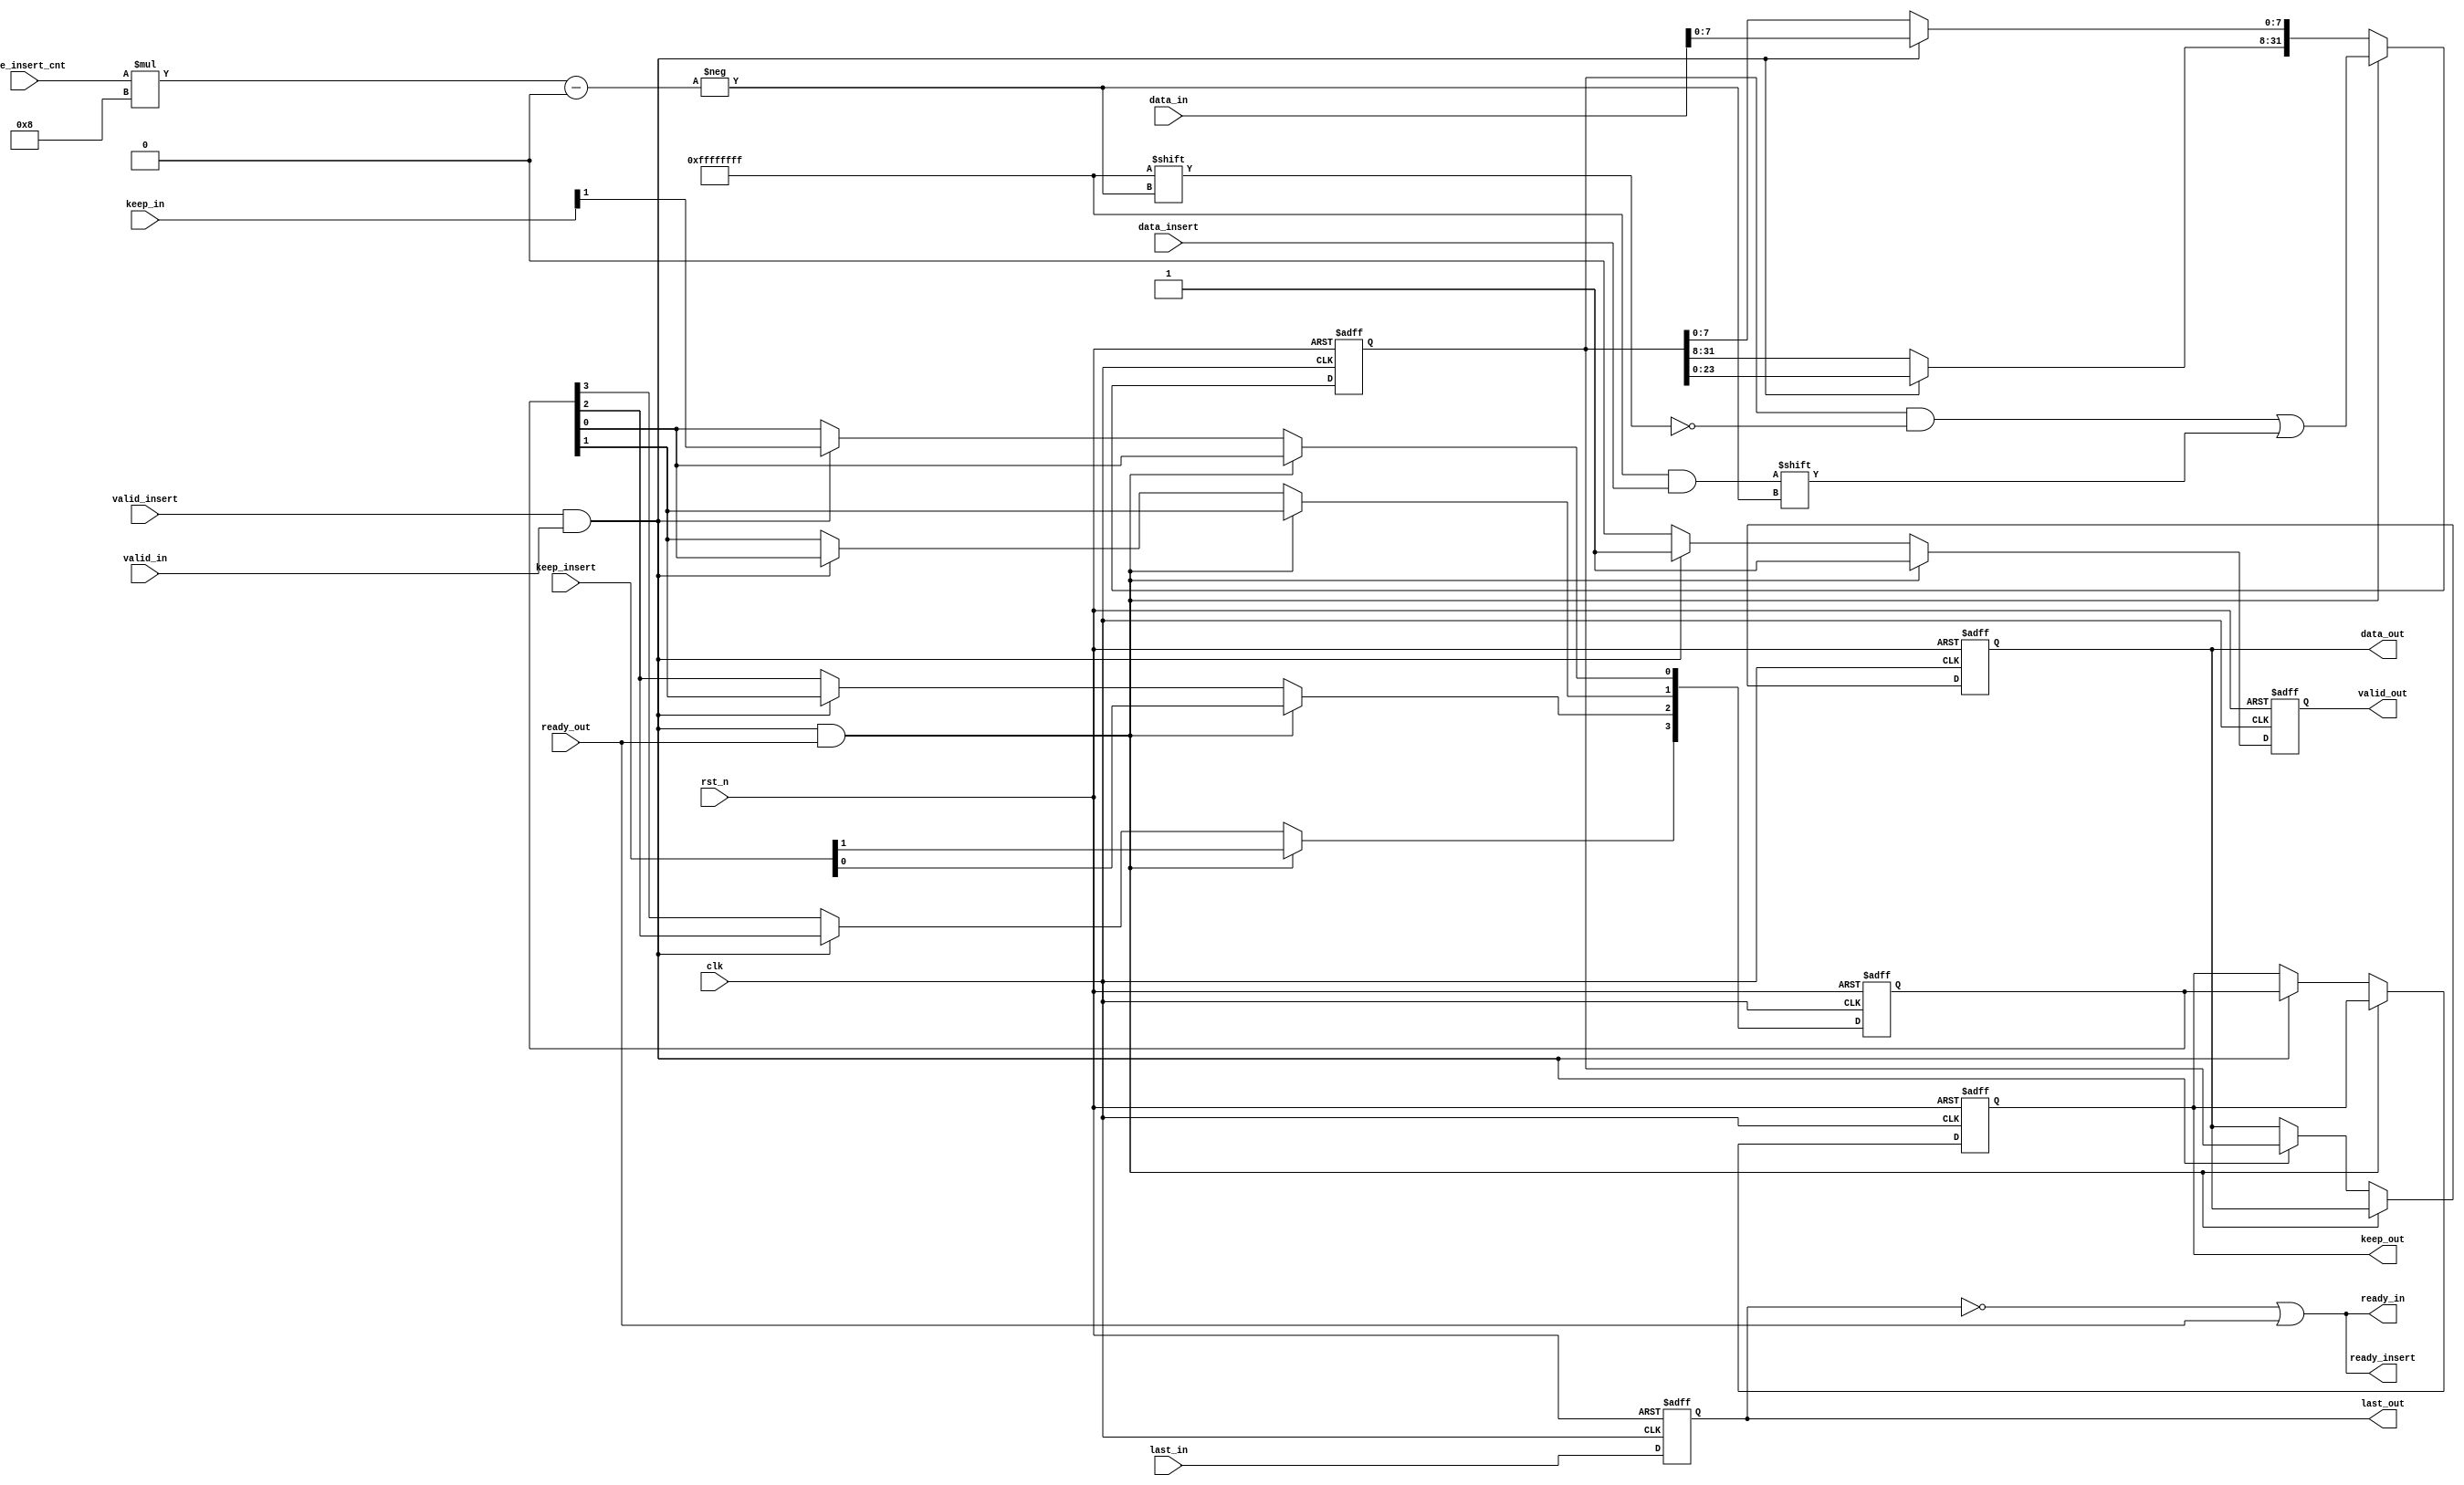
module axi_stream_insert_header #(
parameter DATA_WD = 32,
parameter DATA_BYTE_WD = DATA_WD / 8,
parameter BYTE_CNT_WD = $clog2(DATA_BYTE_WD)
) (
input clk,
input rst_n,
// AXI Stream input original data
input valid_in,
input [DATA_WD-1 : 0] data_in,
input [DATA_BYTE_WD-1 : 0] keep_in,
input last_in,
output ready_in,
// AXI Stream output with header inserted
output valid_out,
output [DATA_WD-1 : 0] data_out,
output [DATA_BYTE_WD-1 : 0] keep_out,
output last_out,
input ready_out,
// The header to be inserted to AXI Stream input
input valid_insert,
input [DATA_WD-1 : 0] data_insert,
input [DATA_BYTE_WD-1 : 0] keep_insert,
input [BYTE_CNT_WD-1 : 0] byte_insert_cnt,
output ready_insert
);
// Your code here
reg [DATA_WD-1:0] shift_reg;
reg [DATA_BYTE_WD-1:0] shift_keep;
reg first_cycle;
reg valid_out_reg;
reg [DATA_WD-1 : 0] data_out_reg;
reg [DATA_BYTE_WD-1 : 0] keep_out_reg;
reg last_out_reg;

always @(posedge clk or negedge rst_n) begin
    first_cycle = 1;
    if (~rst_n) begin
        shift_reg <= '0;
        shift_keep <= '0;
        valid_out_reg <= '0;
        data_out_reg <= '0;
        keep_out_reg <= '0;
        last_out_reg <= '0;
        first_cycle <= 1'b1;
    end else begin
        if (valid_insert && valid_in && ready_out && first_cycle) begin
            first_cycle <= 1'b0;
            valid_out_reg <= 1;
            // remove invalid bytes from the beginning of the insert header
            shift_reg[DATA_WD-1 : byte_insert_cnt*8] <= data_insert;
            shift_keep[DATA_BYTE_WD-1 : BYTE_CNT_WD] <= keep_insert;
        end else if (valid_insert && valid_in && ready_out) begin
            // insert header for the first cycle
            valid_out_reg <= 1'b1;
            shift_reg[byte_insert_cnt*8 - 1 : 0] <= data_insert[byte_insert_cnt*8 - 1 : 0];
            shift_reg[DATA_WD-1 : byte_insert_cnt*8] <= data_in;
            shift_keep[BYTE_CNT_WD-1 : 0] <= keep_insert[BYTE_CNT_WD-1 : 0];
            shift_keep[DATA_BYTE_WD-1 : BYTE_CNT_WD+1] <= keep_in;
        end else if (valid_insert && valid_in) begin
            // shift data and keep
            shift_reg[DATA_WD-1 : 8] <= shift_reg[DATA_WD-9 : 0];
            shift_keep[DATA_BYTE_WD-1 : 1] <= shift_keep[DATA_BYTE_WD-2 : 0];
            shift_reg[7:0] <= data_in;
            shift_keep[0] <= keep_in[BYTE_CNT_WD-1];
            // output shifted data and keep
            valid_out_reg <= 1;
            data_out_reg <= shift_reg;
            keep_out_reg <= shift_keep[DATA_BYTE_WD-1 : 0];
        end
        else begin
            valid_out_reg <= 0;
        end
        // set last signal
        last_out_reg <= last_in;
    end
end



assign ready_in = ~last_out_reg || ready_out;
assign ready_insert = ~last_out_reg || ready_out;
assign valid_out = valid_out_reg;
assign data_out = data_out_reg;
assign keep_out = keep_out_reg;
assign last_out = last_out_reg;

endmodule